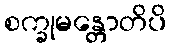
စက္ခုမန္တောတိပိ